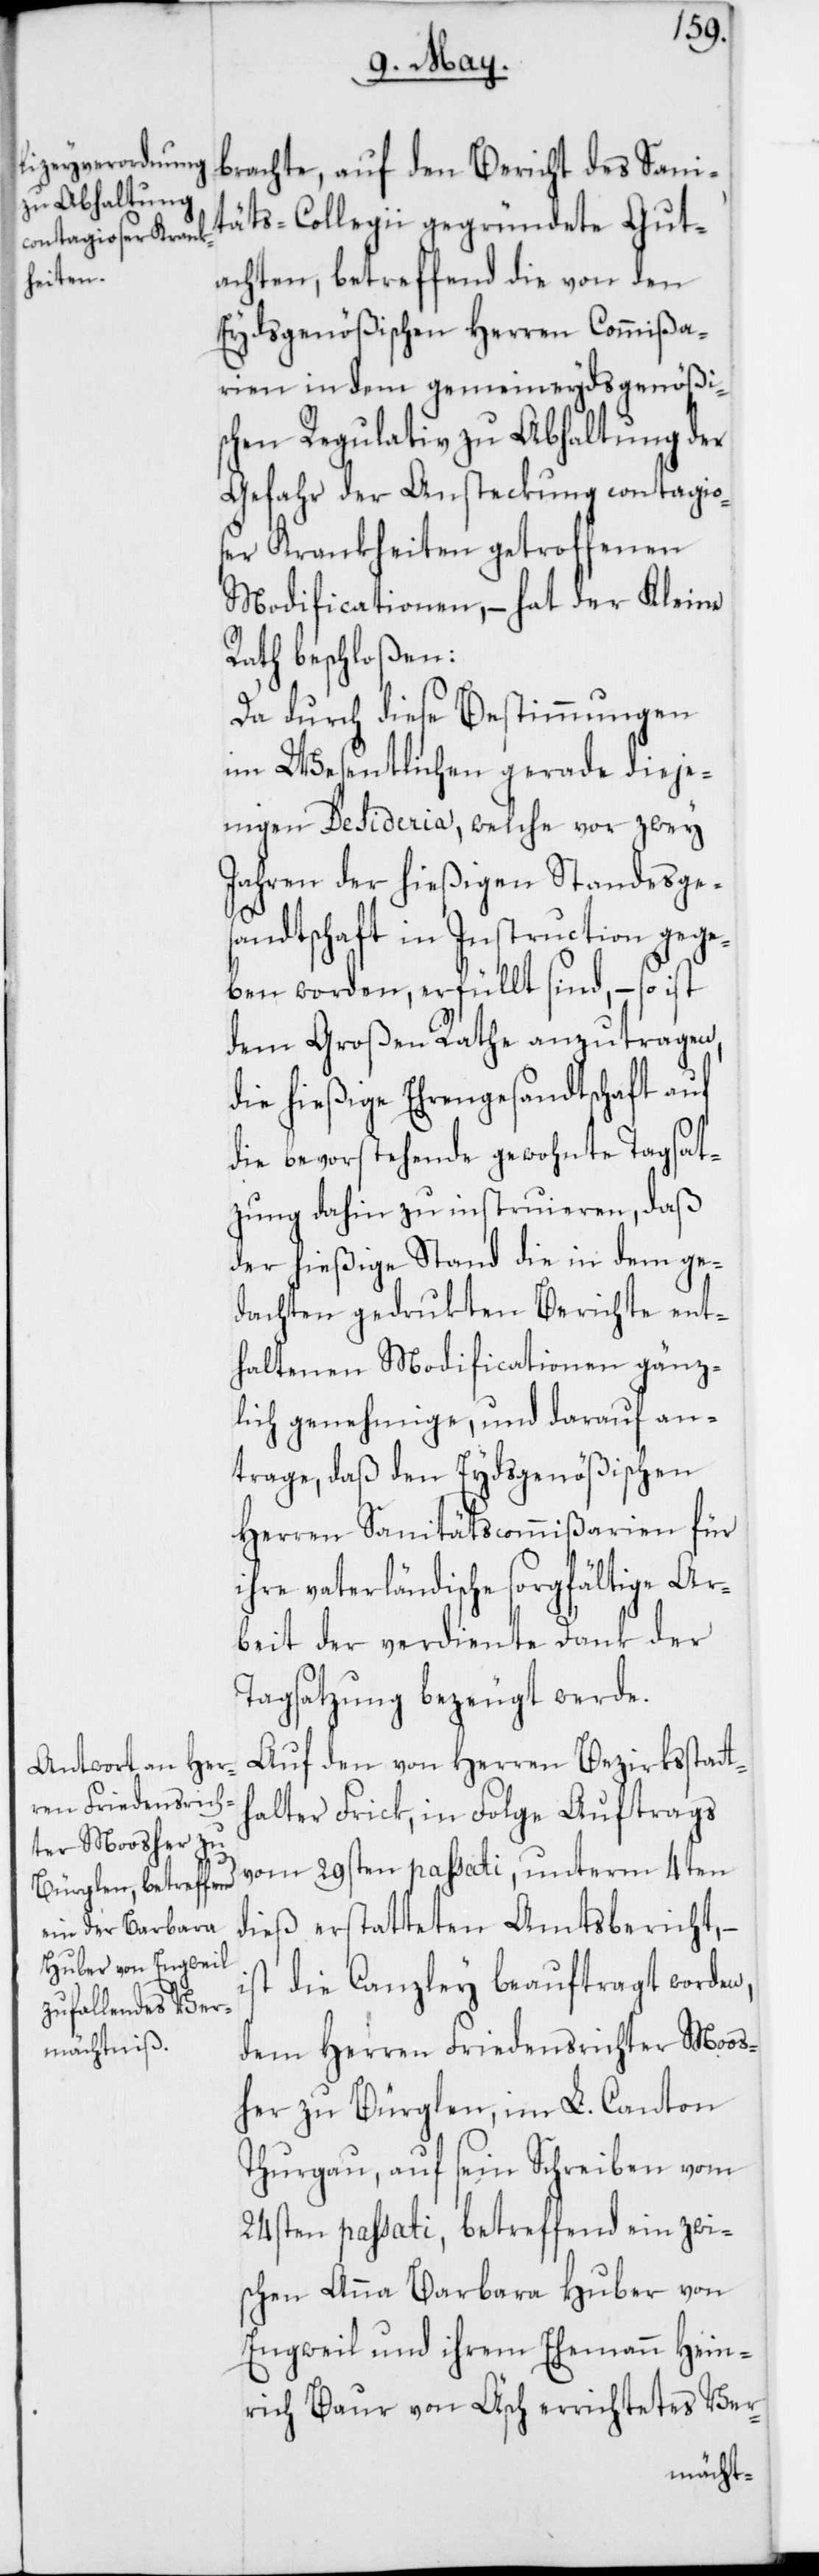
brachte, auf den Bericht des Sani¬
täts-Collegii gegründete Gut¬
achten, betreffend die von den
Eydsgenößischen Herren Commißa¬
rien in dem gemeineydsgenößi¬
schen Regulativ zu Abhaltung der
Gefahr der Ansteckung contagios¬
er Krankheiten getroffenen
Modificationen, – hat der Kleine
Rath beschloßen:
Da durch diese Bestimmungen
im Wesentlichen gerade dieje¬
nigen Desideria, welche vor zwey
Jahren der hießigen Standesges¬
andtschaft in Instruction gege¬
ben worden, erfüllt sind, – so ist
dem Großen Rathe anzutragen,
die hießige Ehrengesandtschaft auf
die bevorstehende gewohnte Tagsat¬
zung dahin zu instruieren, daß
der hießige Stand die in dem ge¬
dachten gedruckten Berichte ent¬
haltenen Modificationen gänz¬
lich genehmige, und darauf an¬
trage, daß den Eydsgenößischen
Herren Sanitätscommißarien für
ihre vaterländische sorgfältige Ar¬
beit der verdiente Dank der
Tagsatzung bezeugt werde.
Auf den von Herren Bezirksstatt¬
halter Frick, in Folge Auftrags
vom 29sten passati, unterm 4ten
dieß erstatteten Amtsbericht, –
die Canzley beauftragt worden,
dem Herren Friedensrichter Moos¬
her zu Bürglen im L. Canton
Thurgau, auf sein Schreiben vom
24sten passati, betreffend ein zwi¬
schen Anna Barbara Huber von
Engweil und ihrem Ehemann Hein¬
rich Baur von Äsch errichtetes Ver-